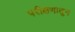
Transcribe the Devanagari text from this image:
परीक्षणातुन